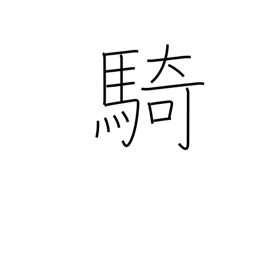
Meaning: counter for equestrians